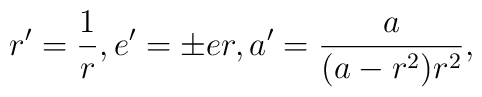
r^{\prime}=\frac{1}{r}, e^{\prime}={\pm}er, a^{\prime}=\frac{a}{(a-r^2)r^2},